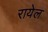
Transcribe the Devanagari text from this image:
रायेल